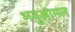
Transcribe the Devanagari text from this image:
भनुआमल